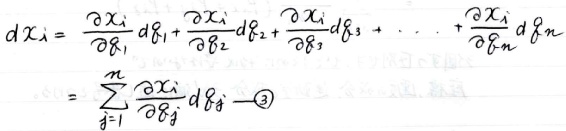
\[
\begin{align*}
d x_{i}&=\frac{\partial x_{i}}{\partial \xi_{1}} d \xi_{1}+\frac{\partial x_{i}}{\partial \xi_{2}} d \xi_{2}+\frac{\partial x_{i}}{\partial \xi_{3}} d \xi_{3}+\cdots+\frac{\partial x_{i}}{\partial \xi_{n}} d \xi_{n}\\
&=\sum_{j = 1}^{n}\frac{\partial x_{i}}{\partial \xi_{j}} d \xi_{j}\quad\textcircled{3}
\end{align*}
\]